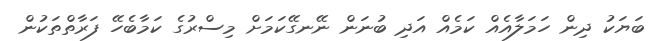
ބަޔަކު ދިން ހަމަލާއެއް ކަމެއް އަދި ބުނަން ނޭނގޭކަމަށް މިސްރުގެ ކަމާބެހޭ ފަރާތްތަކުން